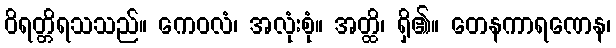
ဝိရတ္တိရသသည်။ ကေဝလံ၊ အလုံးစုံ။ အတ္ထိ၊ ရှိ၏။ တေနကာရဏေန၊